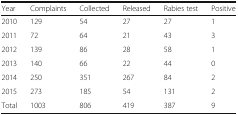
<table><thead><tr><td><b>Year</b></td><td><b>Complaints</b></td><td><b>Collected</b></td><td><b>Released</b></td><td><b>Rabies test</b></td><td><b>Positive</b></td></tr></thead><tbody><tr><td>2010</td><td>129</td><td>54</td><td>27</td><td>27</td><td>1</td></tr><tr><td>2011</td><td>72</td><td>64</td><td>21</td><td>43</td><td>3</td></tr><tr><td>2012</td><td>139</td><td>86</td><td>28</td><td>58</td><td>1</td></tr><tr><td>2013</td><td>140</td><td>66</td><td>22</td><td>44</td><td>0</td></tr><tr><td>2014</td><td>250</td><td>351</td><td>267</td><td>84</td><td>2</td></tr><tr><td>2015</td><td>273</td><td>185</td><td>54</td><td>131</td><td>2</td></tr><tr><td>Total</td><td>1003</td><td>806</td><td>419</td><td>387</td><td>9</td></tr></tbody></table>